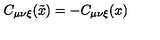
C _ { \mu \nu \xi } ( \tilde { x } ) = - C _ { \mu \nu \xi } ( x )